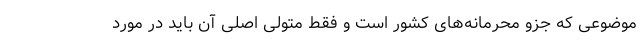
موضوعی که جزو محرمانه‌های کشور است و فقط متولی اصلی آن باید در مورد